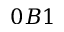
0 B 1